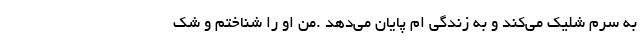
به سرم شلیک می‌کند و به زندگی ام پایان می‌دهد .من او را شناختم و شک